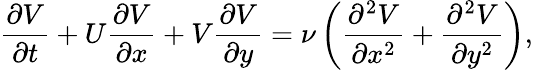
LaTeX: \frac{\partial V}{\partial t}+U\frac{\partial V}{\partial x}+V\frac{\partial V}{\partial y}=\nu\left(\frac{\partial^{2}V}{\partial x^{2}}+\frac{\partial^{2}V}{\partial y^{2}}\right),